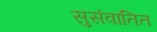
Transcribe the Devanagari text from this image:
सुसंवातित